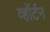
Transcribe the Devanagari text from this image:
व्हॉर्टन